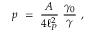
p ~ = ~ { \frac { \cal A } { 4 \ell _ { P } ^ { 2 } } } ~ { \frac { \gamma _ { 0 } } { \gamma } } ~ ,